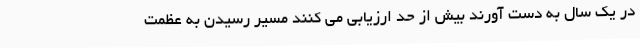
در یک سال به دست آورند بیش از حد ارزیابی می کنند مسیر رسیدن به عظمت